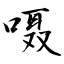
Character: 嗫